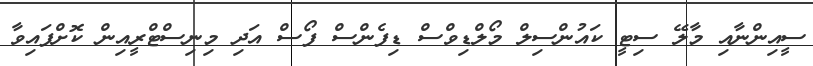
ސީއިންނާއި މާލޭ ސިޓީ ކައުންސިލް މޯލްޑިވްސް ޑިފެންސް ފޯސް އަދި މިނިސްޓްރީއިން ކޮށްފައިވާ